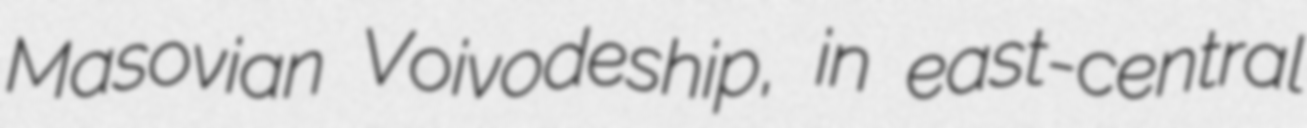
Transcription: Masovian Voivodeship, in east-central